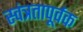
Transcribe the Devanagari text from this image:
स्वंत्रतापूर्वक